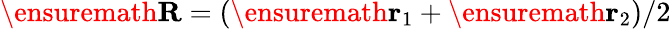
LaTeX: \ensuremath{\mathbf{R}}=(\ensuremath{\mathbf{r}}_{1}+\ensuremath{\mathbf{r}}_{2})/2